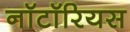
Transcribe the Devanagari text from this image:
नॉटॉरियस